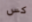
كس